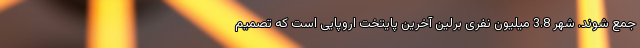
جمع شوند. شهر 3.8 میلیون نفری برلین آخرین پایتخت اروپایی است که تصمیم